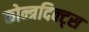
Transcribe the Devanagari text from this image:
कोन्त्रदिक्ट्स